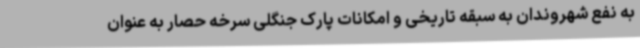
به نفع شهروندان به سبقه تاریخی و امکانات پارک جنگلی سرخه حصار به عنوان